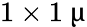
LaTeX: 1\times 1~\upmu